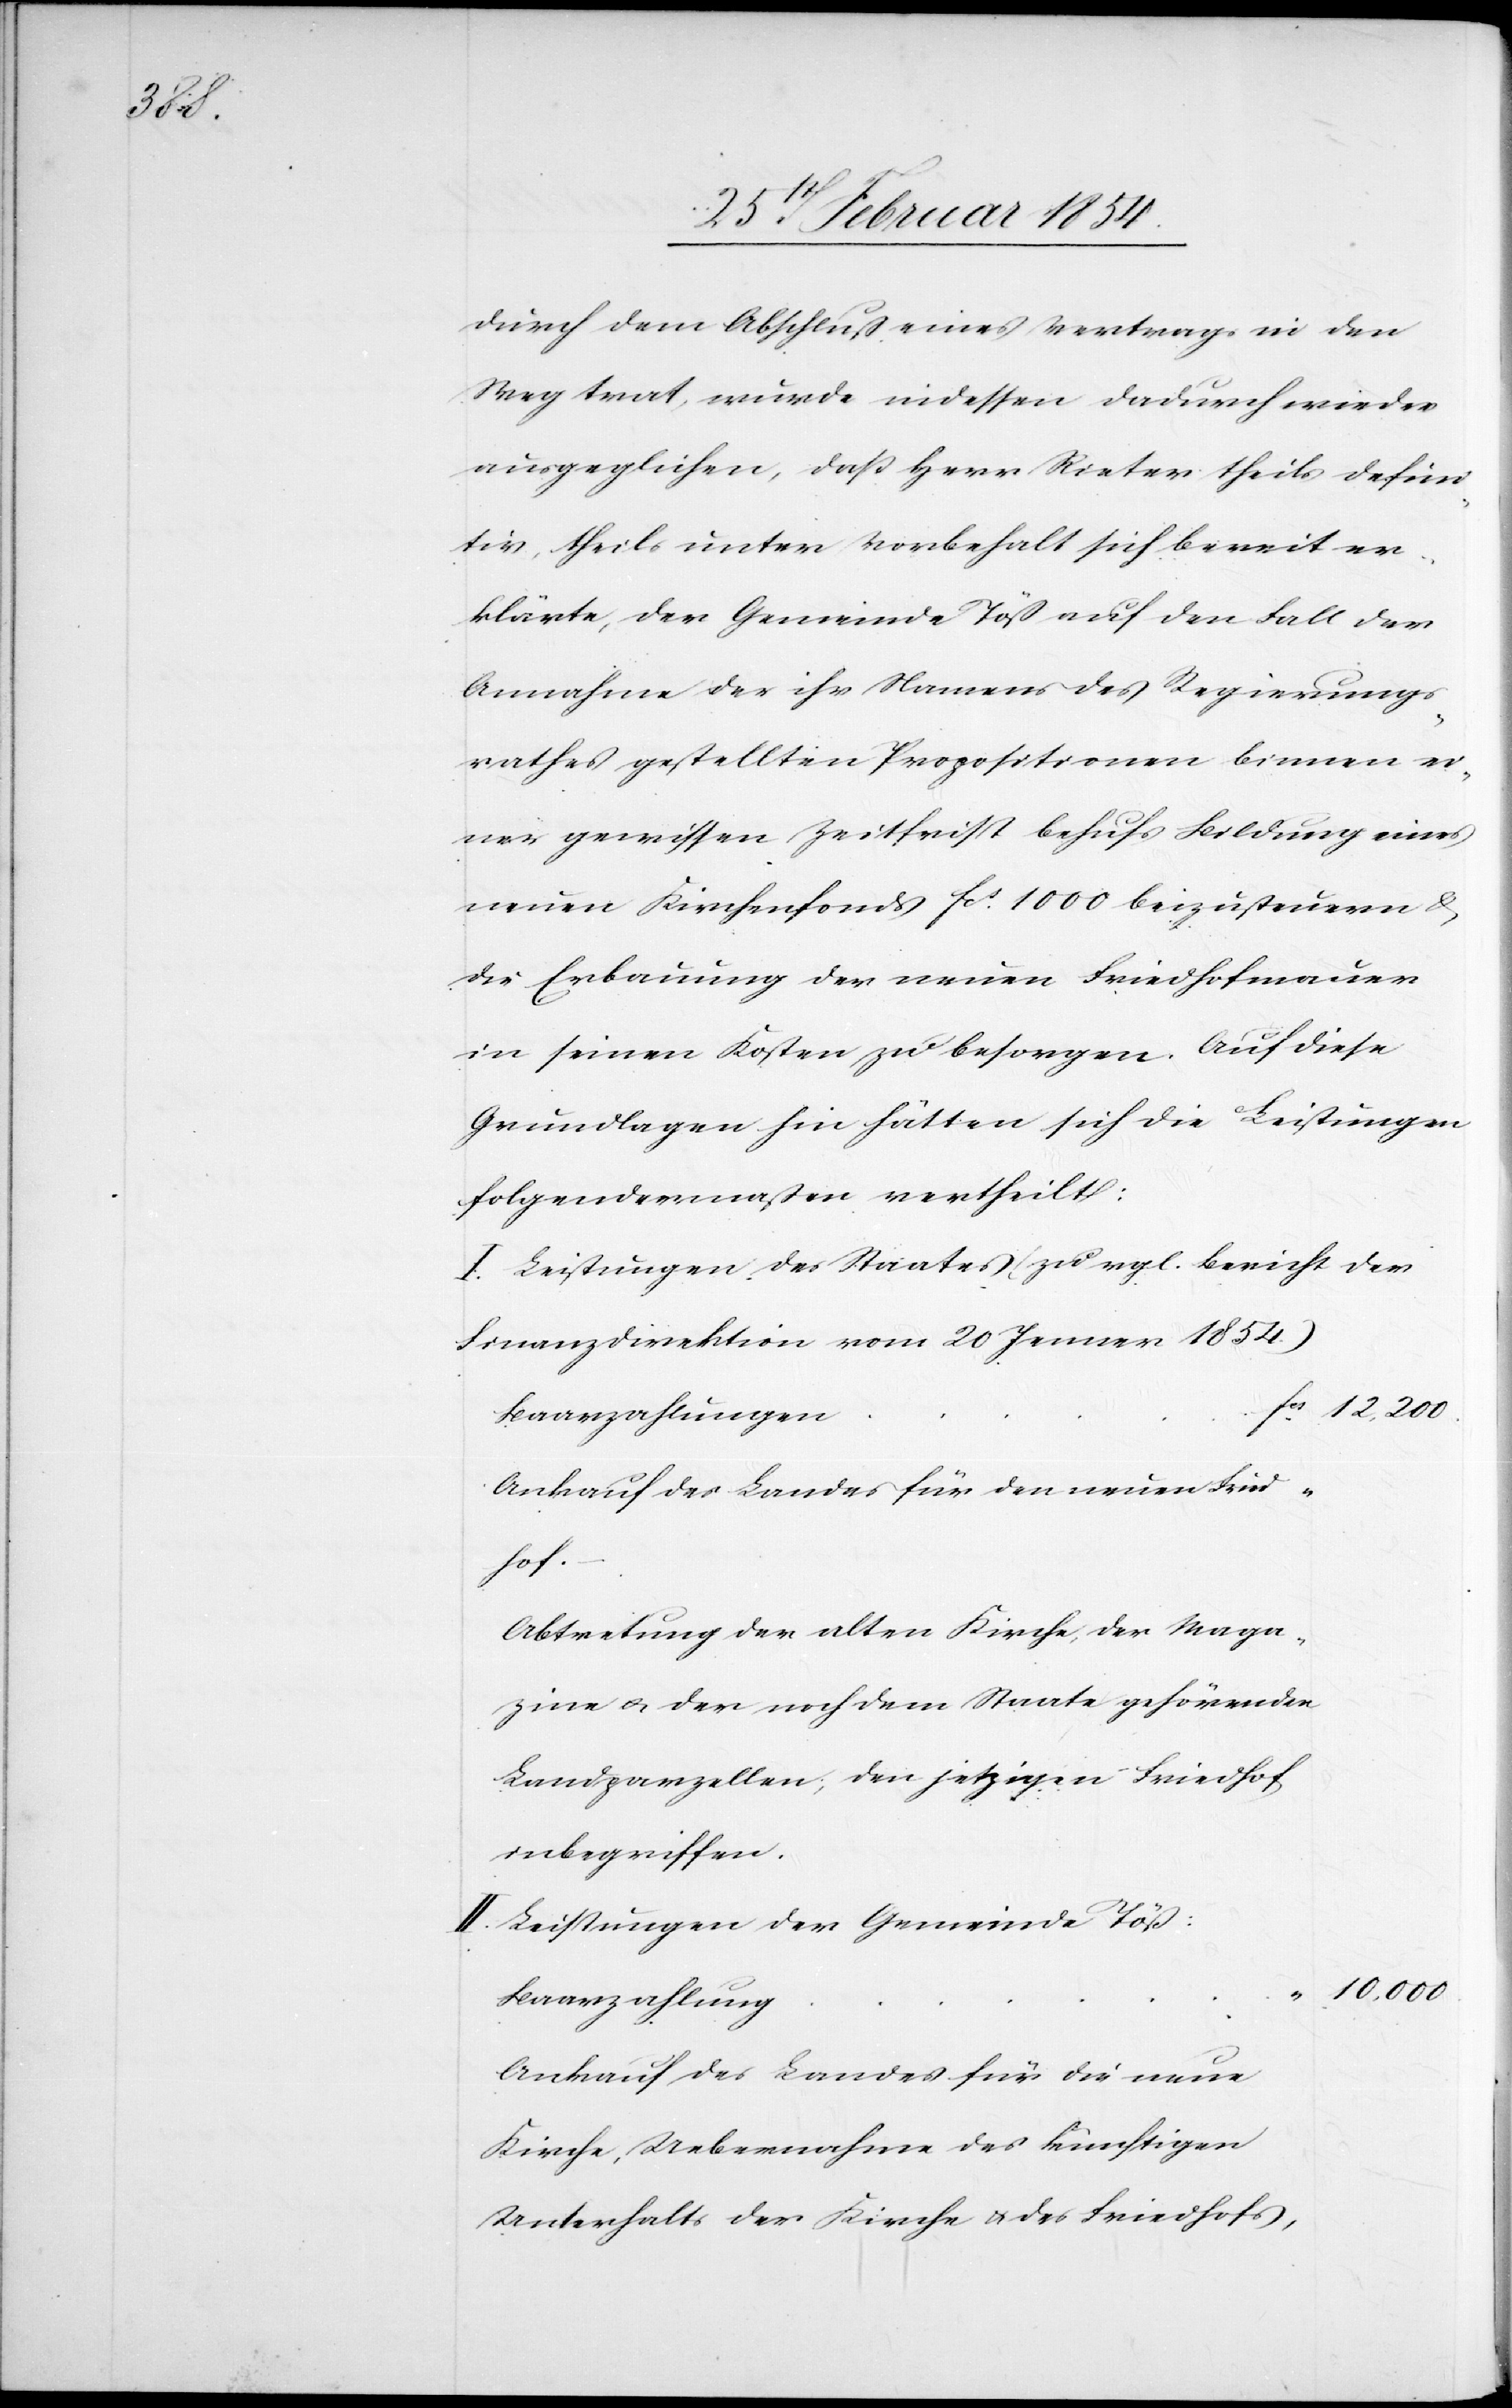
Fcs

durch dem Abschluß eines Vertrages in den
Weg trat, wurde indessen dadurch wieder
ausgeglichen, daß Herr Rieter theils defini¬
tiv, theils unter Vorbehalt sich bereit er¬
klärte, der Gemeinde Töß auf den Fall der
Annahme der ihr Namens des Regierungs¬
rathes gestellten Propositionen binnen ei¬
ner gewissen Zeitfrist behufs Bildung eines
neuen Kirchenfonds Fcs 1000 beizusteuern /
die Erbauung der neuen Friedhofmauer
in seinen Kosten zu besorgen. Auf diese
Grundlagen hin hätten sich die Leistungen
folgendermaßen vertheilt:
I. Leistungen, des Staates (zu vgl. Bericht der
Finanzdirektion vom 20 Jenner 1854.)
12, 200.
Baarzahlungen
Ankauf des Landes für den neuen Fried¬
hof.
Abtretung der alten Kirche, der Maga¬
zine u. der noch dem Staate gehörenden
Landparzellen; den jetzigen Friedhof
inbegriffen.
II. Leistungen der Gemeinde Töß:
10, 000.
„
Baarzahlung
Ankauf des Landes für die neue
Kirche, Uebernahme des künftigen
Unterhalts der Kirche u. des Friedhofs,